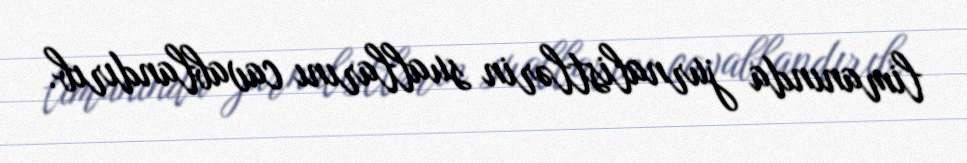
limanında jurnalistlərin suallarını cavablandırıb.